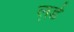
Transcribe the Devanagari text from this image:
ल़र्ड